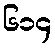
၆၁၄